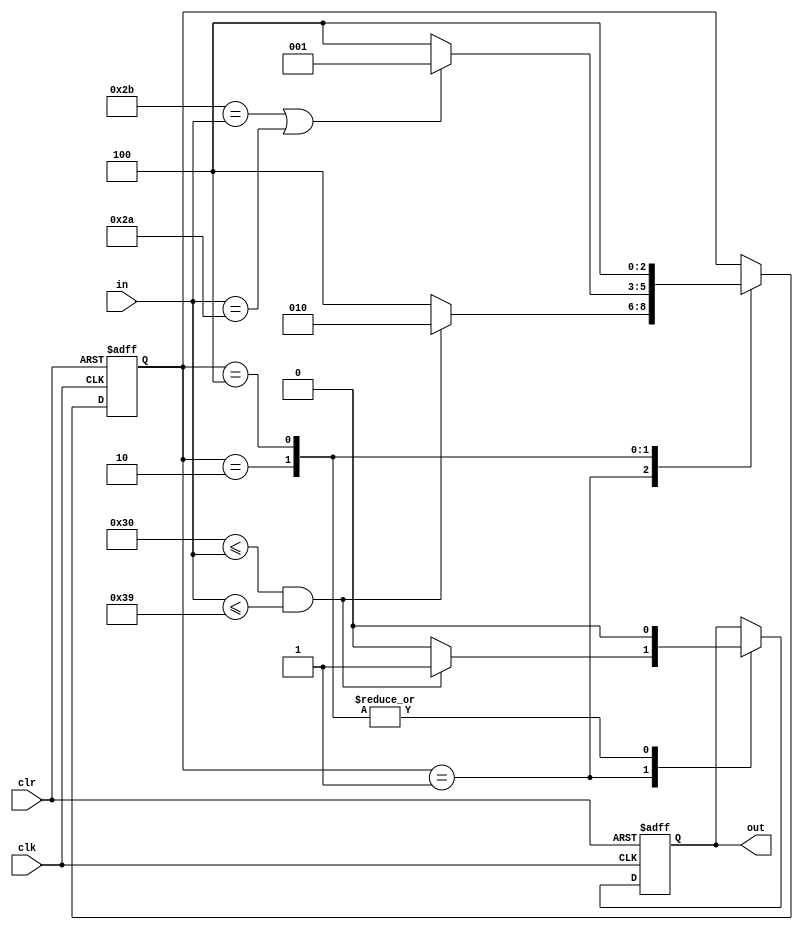
`timescale 1ns / 1ps
//////////////////////////////////////////////////////////////////////////////////
// Company: 
// Engineer: 
// 
// Design Name: 
// Module Name:    string 
// Project Name: 
// Target Devices: 
// Tool versions: 
// Description: 
//
// Dependencies: 
//
// Revision: 
// Revision 0.01 - File Created
// Additional Comments: 
//
//////////////////////////////////////////////////////////////////////////////////
module string(
    input clk,
    input clr,
    input [7:0] in,
    output reg out
    );

    parameter state_waitForNum = 3'b001,
          state_numEncountered = 3'b010,
          state_Failed = 3'b100;

    reg [2:0] state;

    initial begin
        state = state_waitForNum;
        out = 0;
    end

    always @(posedge clk or posedge clr) begin
        if(clr) begin
            state <= state_waitForNum;
            out <= 0;
        end
        else begin
            case(state)
                3'b001: begin
                    state <= ("0" <= in && in <= "9")?state_numEncountered:state_Failed;
                    out <= ("0" <= in && in <= "9")?1'b1:1'b0;
                end
                3'b010: begin
                    state <= ("+" == in || in == "*")?state_waitForNum:state_Failed;
                    out <= 1'b0;
                end
                3'b100: begin
                    state <= state_Failed;
                    out <= 1'b0;
                end
            endcase
        end
    end



endmodule